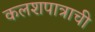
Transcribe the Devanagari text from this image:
कलशपात्राची